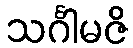
သင်္ဂါမဇိ